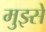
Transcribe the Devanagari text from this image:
मुझ्से